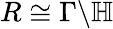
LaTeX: R\cong\Gamma\backslash\mathbb{H}